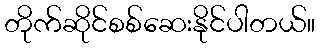
တိုက်ဆိုင်စစ်ဆေးနိုင်ပါတယ်။